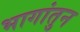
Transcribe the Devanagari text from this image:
भागांतुन